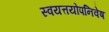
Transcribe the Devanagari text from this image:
स्वयत्तयोपनिवेष